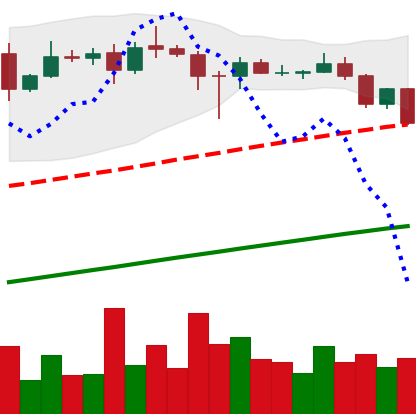
Ticker: ADA-USD
Chart end date: 2020-08-21
Forward return: -6.848%
Label: down_5_7